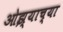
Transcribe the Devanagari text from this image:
ओझ्याच्या